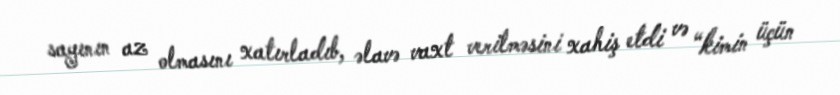
sayının az olmasını xatırladıb, əlavə vaxt verilməsini xahiş etdi və “kimin üçün